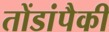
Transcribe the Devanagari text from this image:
तोंडांपैकी